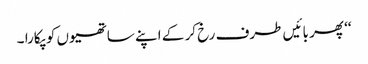
‘‘ پھر بائیں طرف رخ کر کے اپنے ساتھیوں کو پکارا ۔